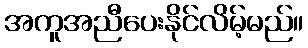
အကူအညီပေးနိုင်လိမ့်မည်။